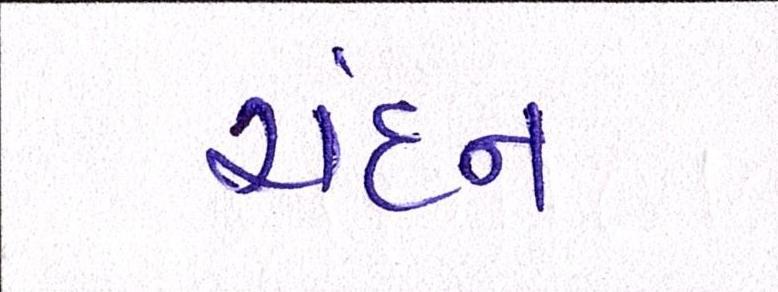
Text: ચંદન